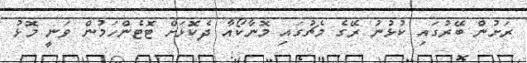
ރަށުން ބޭރުގައި ކުޅުނު ރޭގެ މެޗުގައި މޮނާކޯއާ ދެކޮޅަށް ޓޮޓެންހަމުން ވަނީ މޮޅު